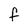
Character: F